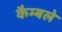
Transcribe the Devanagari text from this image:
कैम्बले